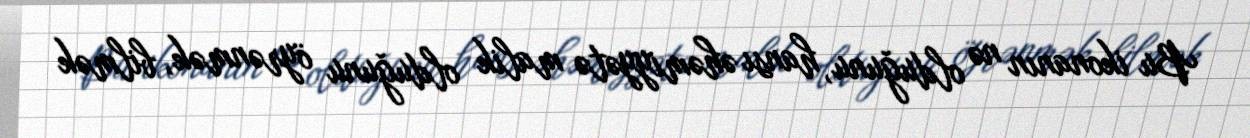
Bu ikonanın nə olduğunu, hansı əhəmiyyətə malik olduğunu öyrənmək, bilmək